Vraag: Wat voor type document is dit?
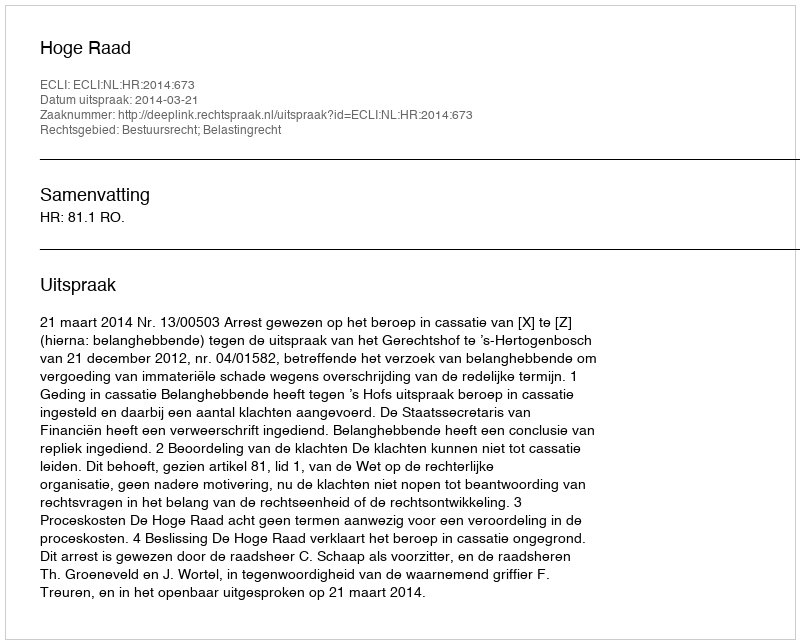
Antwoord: Uitspraak